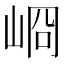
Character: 𡸀